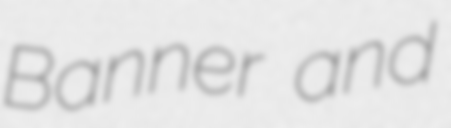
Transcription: Banner and